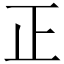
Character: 正